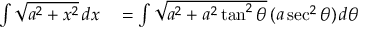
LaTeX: \begin{array} { r l } { \int { \sqrt { a ^ { 2 } + x ^ { 2 } } } \, d x } & { { } = \int { \sqrt { a ^ { 2 } + a ^ { 2 } \tan ^ { 2 } \theta } } \, ( a \sec ^ { 2 } \theta ) \, d \theta } \end{array}